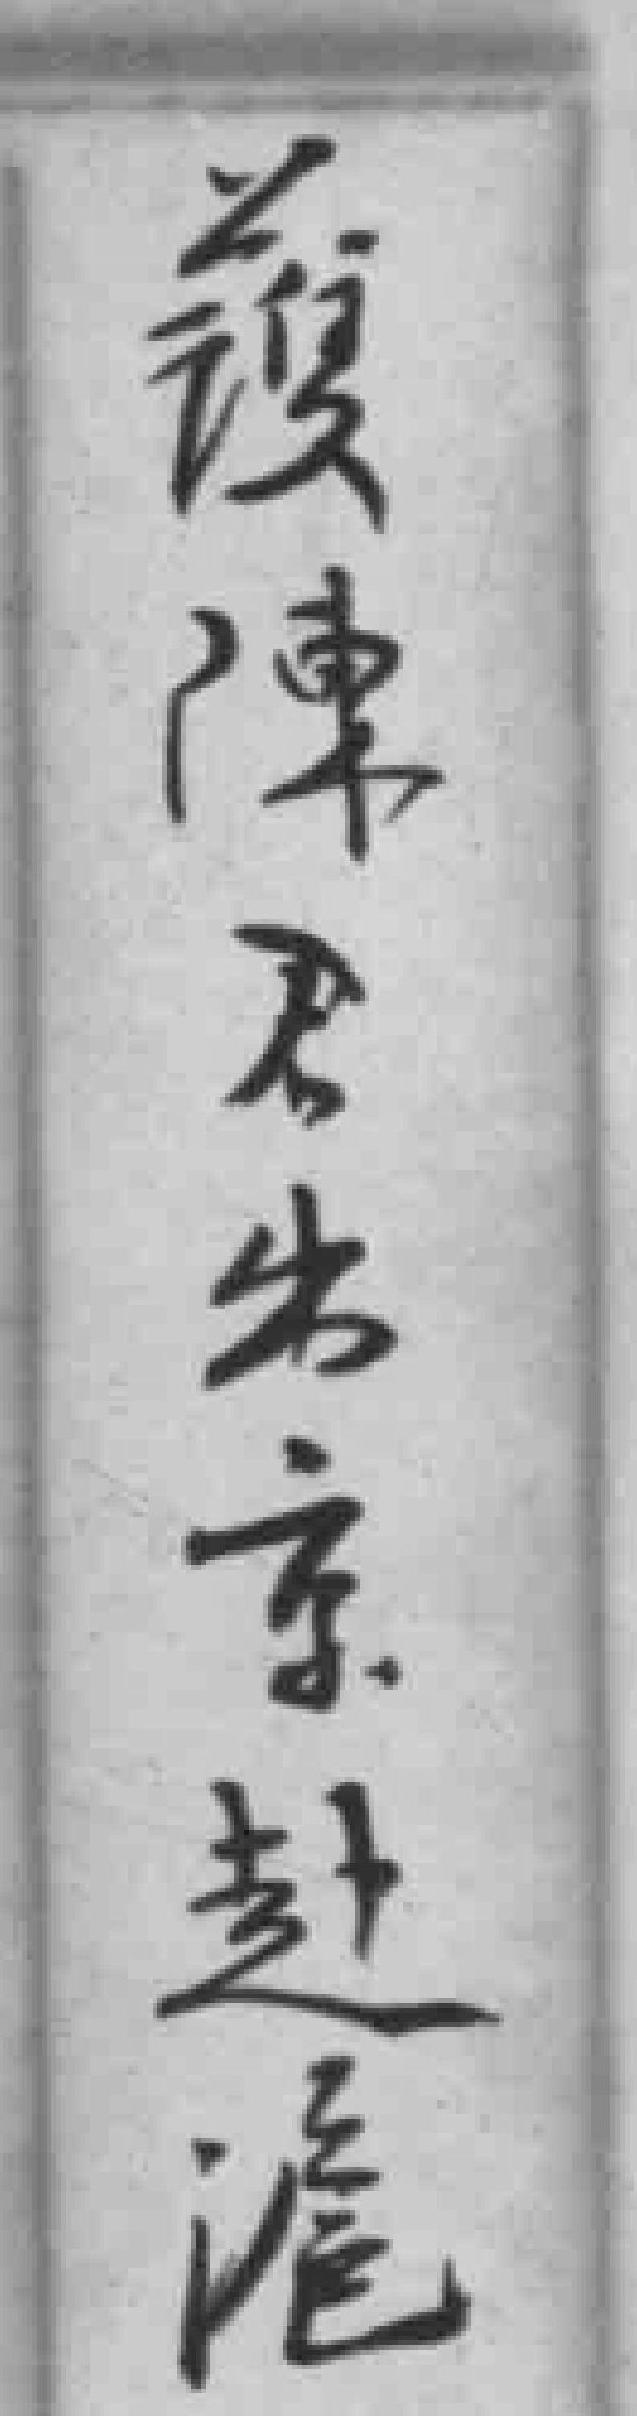
蕧陳君出京赴滬